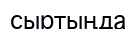
сыртыңда